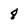
Character: 8